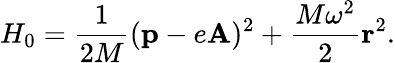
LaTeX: H_{0}=\frac{1}{2M}({\mathbf p}-e{\mathbf A})^{2}+\frac{M\omega^{2}}{2}{\mathbf r}^{2}.